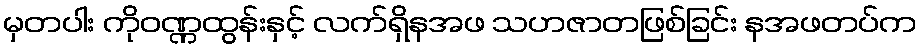
မှတပါး ကိုဝဏ္ဏထွန်းနှင့် လက်ရှိနအဖ သဟဇာတဖြစ်ခြင်း နအဖတပ်က